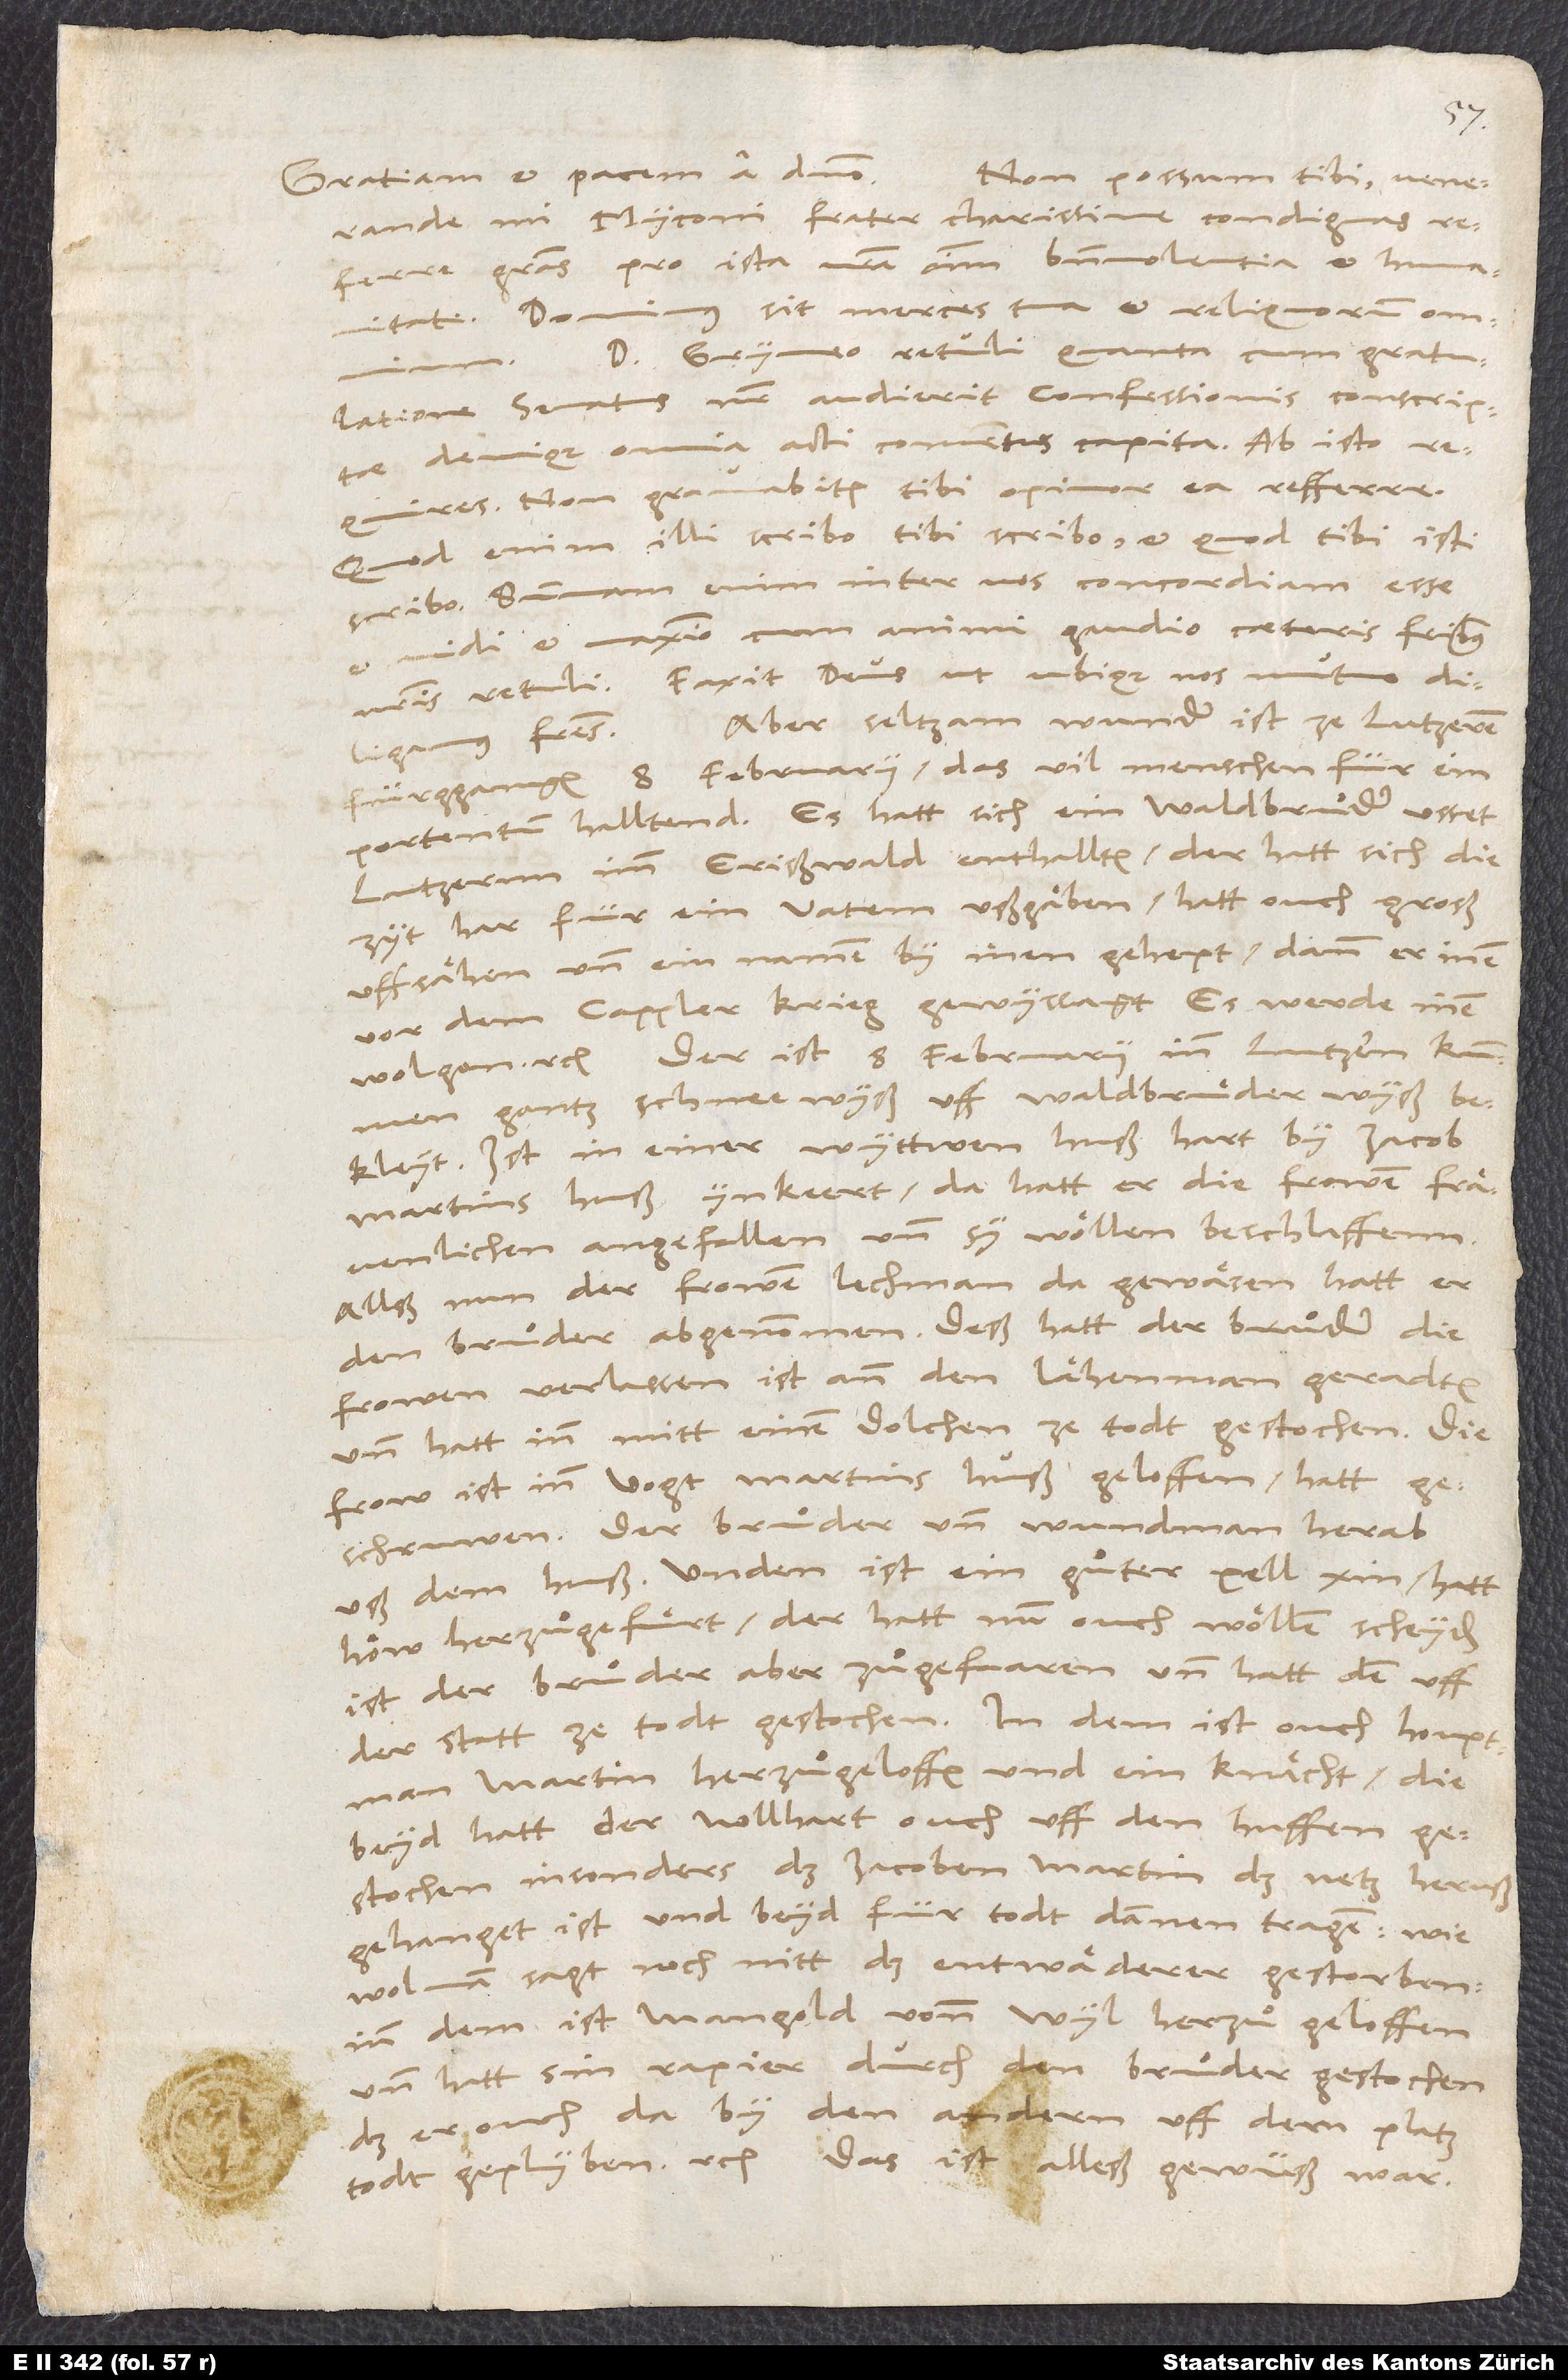
Gratiam et pacem a domino.
Non possum tibi, venerande
mi Myconi, frater charissime, condignas
referre gratias pro ista vestra omnium benevolentia et humanitate.
Dominus sit merces tua et reliquorum omnium.
Domino Gryneo retuli, quanta cum gratulatione
senatus noster audierit confessionis conscriptae,
denique omnia acti conventus capita. Ab isto
opinor, ea refferre.
requires. Non gravabitur tibi,
Quod enim illi scribo, tibi scribo, et quod tibi, isti
scribo. Summam enim inter vos concordiam esse
et vidi et maximo cum animi gaudio caeteris fratribus
nostris retuli. Faxit deus, ut ubique nos mutuo
Aber seltzam wunder ist ze Lutzeren
diligamus fratres.
fürggangen 8. februarii, das vil menschen für ein
portentum halltend. Es hatt sich ein waldbruͦder usset
Lutzernn imm Erisswald enthallten, der hatt sich die
zyt har für ein vatem ussgäben; hatt ouch groß
uffsähen und ein namen by inen gehept, dann er inen
vor dem Cappler krieg gewyssagt, es werde inen
wol gen etc. Der ist 8. februarii inn Lutzern kummen,
gantz schneewyss uff waldbruͤder wyß
bekleyt. Ist in einer wyttwen huß hart by Jacob
Martins huß ynkeert; da hatt er die frowen frävenlichen
angefallen und sy wöllen beschlaffenn.
Allß nun der frowen lechman da gewäsen, hatt er
den bruͦder abgenommen. Deß hatt der bruͦder die
frowen verlassen, ist ann den lähenman geradten
und hatt inn mitt einem dolchen ze todt gestochen. Die
frow ist inn vogt Martins huß geloffen, hatt
geschruwen. Der bruͦder und wund man herab
uß dem huß. Unden ist ein guͦter xell xin, hatt
höw herzuͦgefuͤrt, der hatt nun ouch wöllen scheyden;
ist der bruͦder aber zuͦgefaaren und hatt den uff
der statt ze todt gestochen. In dem ist ouch houptman
Martin herzuͦgeloffen und ein knächt; die
beyd hatt der nollhart ouch uff den huffen
gestochen, insonders, dass Jacoben Martin das netz heruss
gehanget ist, und beyd für todt dannen tragen, wie
wol man sagt noch nitt, dass entwäderer gestorben.
Inn dem ist Mangold vonn Wyl herzuͦ geloffen
und hatt sin rapier durch den bruͦder gestochen,
dass er ouch da by den andern uff dem platz
todt geplyben etc. Das ist alles gewüss war.